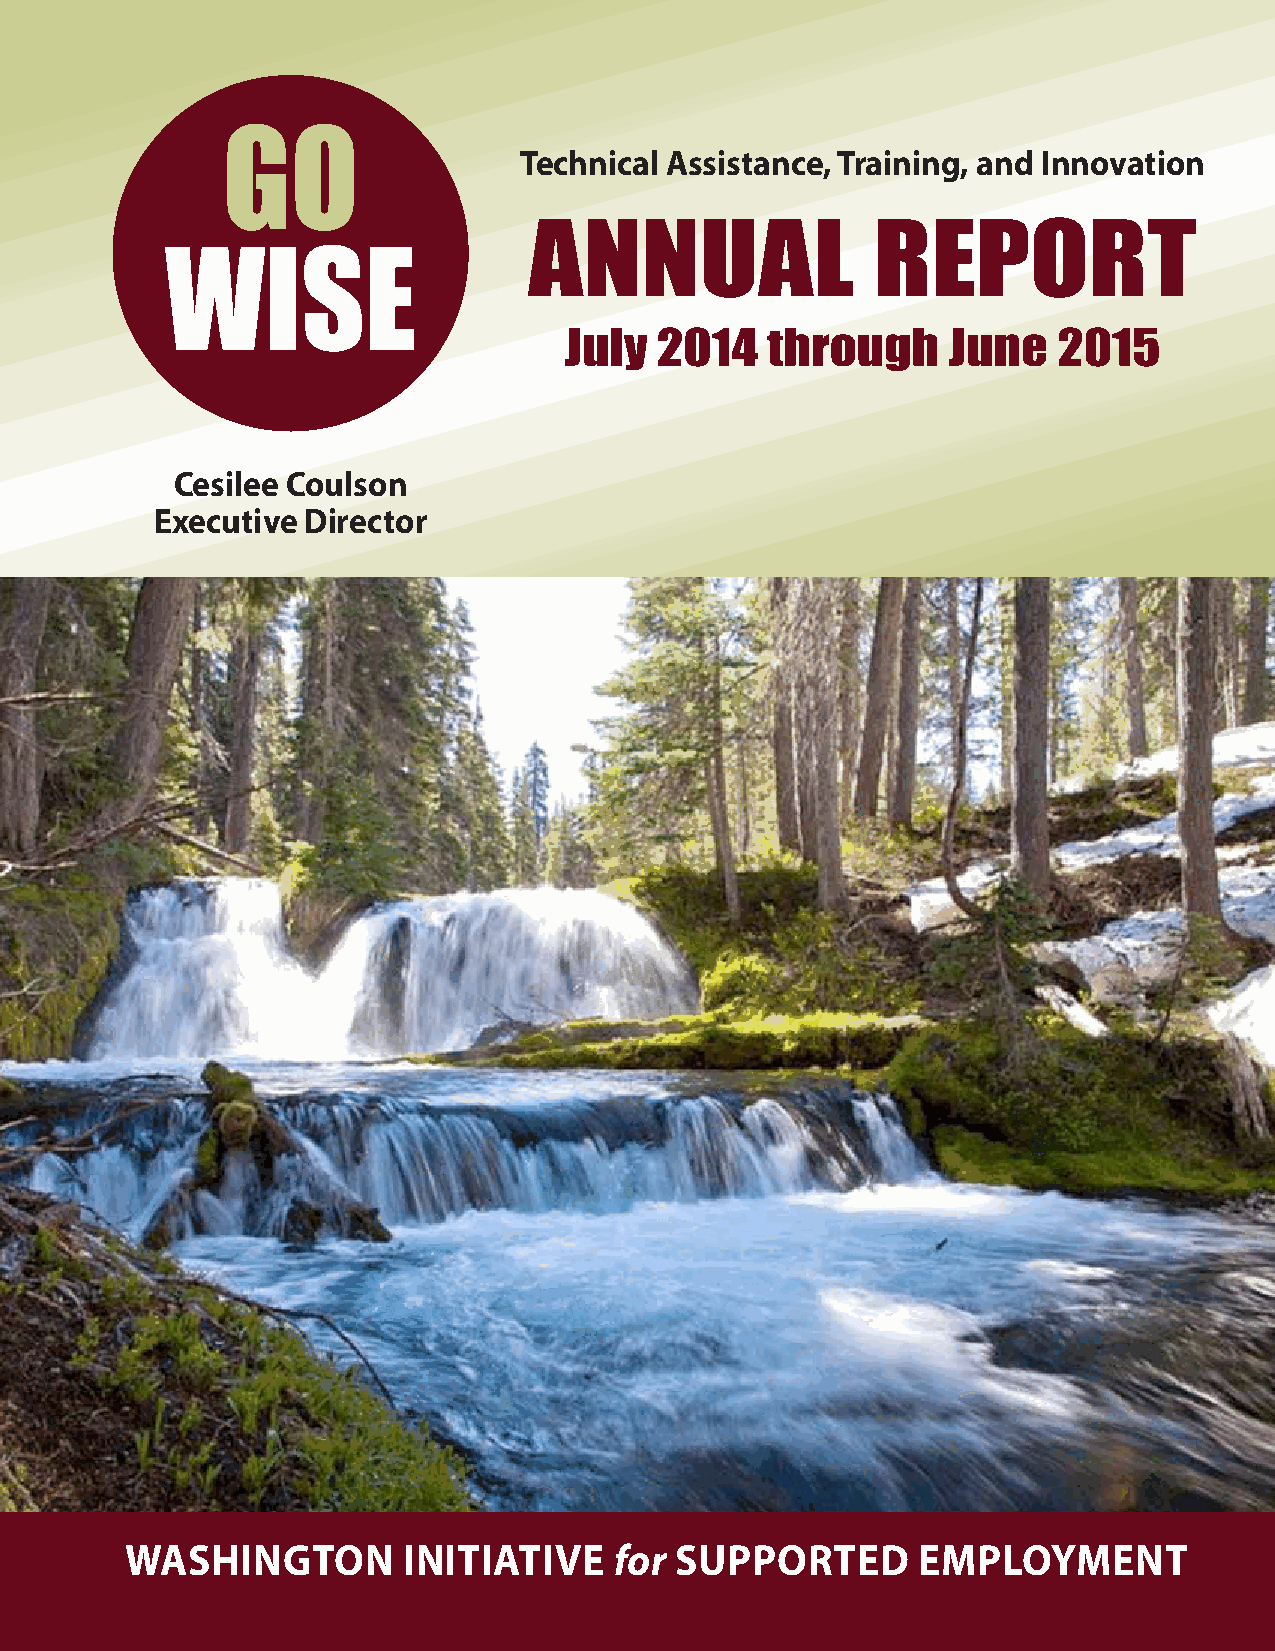
go
 technical assistance, training, and innovation
 AnnuAl                 report
 wise
 July  2014    through     June   2015
 Cesilee Coulson
 executive director
 Washington         initiative    for supported       employment